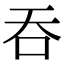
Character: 吞